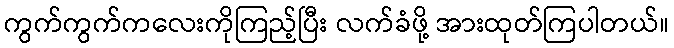
ကွက်ကွက်ကလေးကိုကြည့်ပြီး လက်ခံဖို့ အားထုတ်ကြပါတယ်။